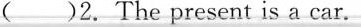
( )2. The present is a car.